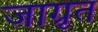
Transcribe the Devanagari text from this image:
जाग्रृत